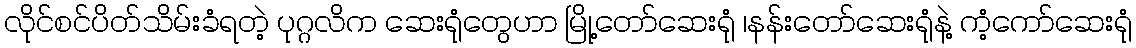
လိုင်စင်ပိတ်သိမ်းခံရတဲ့ ပုဂ္ဂလိက ဆေးရုံတွေဟာ မြို့တော်ဆေးရုံ ၊နန်းတော်ဆေးရုံနဲ့ ကံ့ကော်ဆေးရုံ